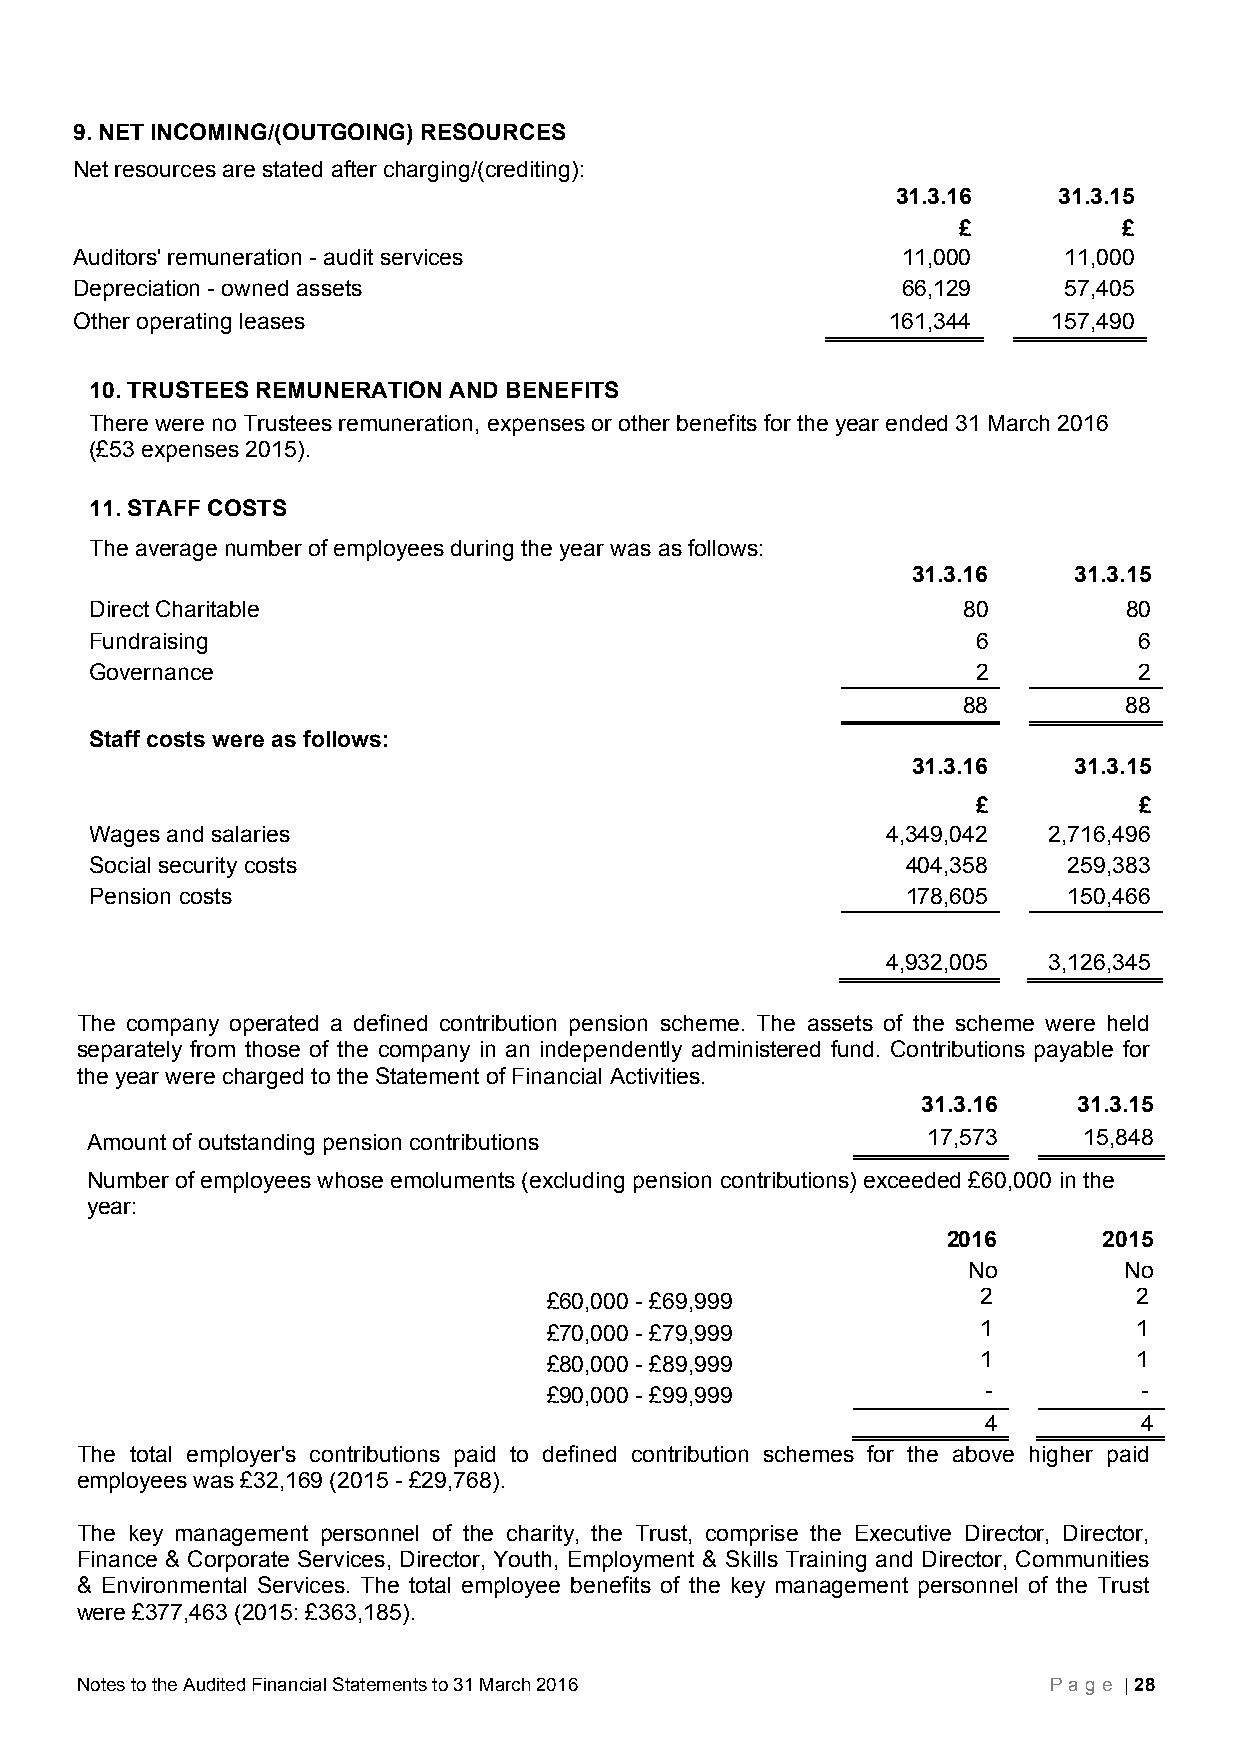
9. NET INCOMING/(OUTGOING) RESOURCES
 Net resources are stated after charging/(crediting):
 31.3.16    31.3.15
 £          £
 Auditors' remuneration - audit services                11,000    11,000
 Depreciation - owned assets                            66,129    57,405
 Other operating leases                                161,344    157,490
 10. TRUSTEES REMUNERATION AND BENEFITS
 There were no Trustees remuneration, expenses or other benefits for the year ended 31 March 2016
 (£53 expenses 2015).
 11. STAFF COSTS
 The average number of employees during the year was as follows:
 31.3.16    31.3.15
 Direct Charitable                                         80        80
 Fundraising                                                6         6
 Governance                                                 2         2
 88        88
 Staff costs were as follows:
 31.3.16    31.3.15
 £         £
 Wages and salaries                                   4,349,042 2,716,496
 Social security costs                                 404,358    259,383
 Pension costs                                         178,605    150,466
 4,932,005 3,126,345
 The company operated a defined contribution pension scheme. The assets of the scheme were held
 separately from those of the company in an independently administered fund. Contributions payable for
 the year were charged to the Statement of Financial Activities.
 31.3.16   31.3.15
 Amount of outstanding pension contributions            17,573     15,848
 Number of employees whose emoluments (excluding pension contributions) e xceeded £60,000 in the
 year:
 2016      2015
 No        No
 £60,000 - £69,999            2         2
 £70,000 - £79,999            1         1
 £80,000 - £89,999            1         1
 £90,000 - £99,999            -          -
 4         4
 The total employer's contributions paid to defined contribution schemes for the above higher paid
 employees was £32,169 (2015 - £29,768).
 The key management personnel of the charity, the Trust, comprise the Executive Director, Director,
 Finance & Corporate Services, Director, Youth, Employment & Skills Training and Director, Communities
 & Environmental Services. The total employee benefits of the key management personnel of the Trust
 were £377,463 (2015: £363,185).
 Notes to the Audited Financial Statements to 31 March 2016      Page | 28